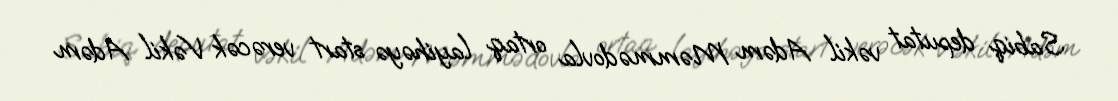
Sabiq deputat vəkil Adəm Məmmədovla ortaq layihəyə start verəcək Vəkil Adəm